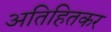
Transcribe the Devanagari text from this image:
अतिहितकर